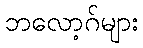
ဘလော့ဂ်များ